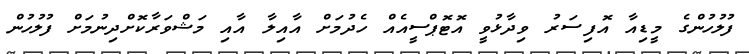
ފުލުހުންގެ މީޑިއާ އޮފިސަރު ވިދާޅުވީ އޮޓޮޕްސީއެއް ހެދުމަށް އާއިލާ އާއި މަޝްވަރާކޮށްދިނުމަށް ފުލުހުން